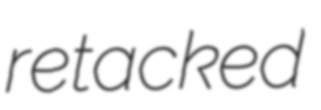
retacked